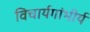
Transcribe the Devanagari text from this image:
विचार्यगांभीर्य